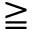
\geqq